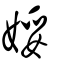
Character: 娞